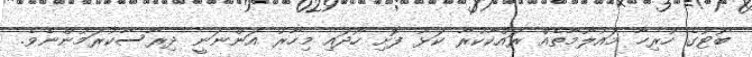
ބޯޓުގެ ހުރިހާ މައުލޫމާތެއް ރައްކާކުރާ ކަޅު ފޮށި ހޯދައި މިހާރު އަންނަނީ ދިރާސާކުރަމުންނެވެ.